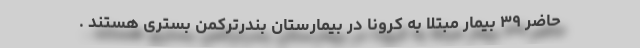
حاضر ۳۹ بیمار مبتلا به کرونا در بیمارستان بندرترکمن بستری هستند .